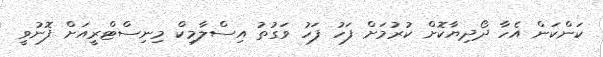
ކަންކަން އެހާ ދޯދިޔާކޮށް ކުރުމަށް ފަހު ފަހު ވަގުތު އިސްލާމިކް މިނިސްޓްރީއަށް ފޮނުވީ